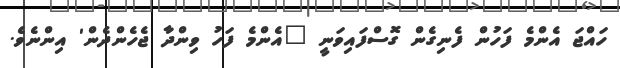
ހައްޖަ އެންމެ ފަހުން ފެނިގެން ގޮސްފައިވަނީ "އެންމެ ފަހު ވިންދާ ޖެހެންދެން' އިންނެވެ.